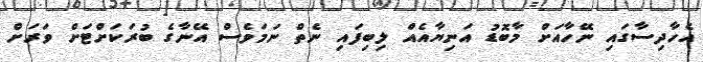
އެހާދިސާގައި ނޭހާއަށް މާބޮޑު އަނިޔާއެއް ލިބިފައި ނެތް ނަމަވެސް އޭނާގެ ބުރަކަށްޓަށް ވަރަށް